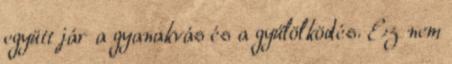
együtt jár a gyanakvás és a gyűlölködés. Ez nem